Annual report of the Punjab Veterinary College and of the Civil Veterinary Department, Punjab - 1909-1919
Year: 1909
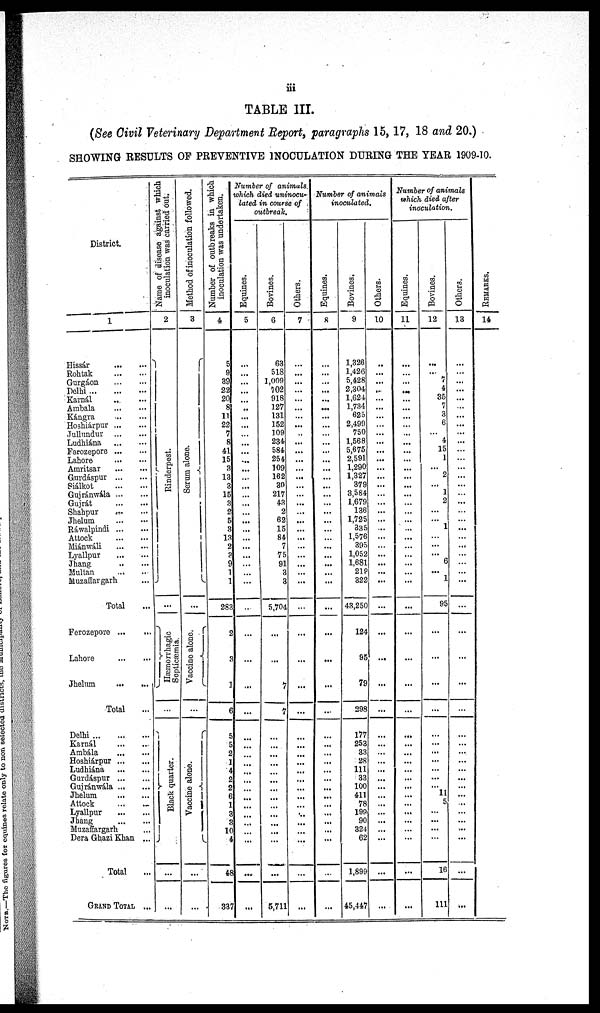
iii
TABLE III.
(See Civil Veterinary Department Report, paragraphs 15, 17, 18 and 20.)
SHOWING RESULTS OF PREVENTIVE INOCULATION DURING THE YEAR 1909-10.
District.
1
Hissár … …
Rohtak … …
Gurgáon … …
Delhi … … …
Karnál … …
Ambala … …
Kángra … …
Hoshiárpur … …
Jullundur … …
Ludhiána … …
Ferozepore … …
Lahore … …
Amritsar … …
Gurdáspur … …
Siálkot … …
Gujránwála … …
Gujrát … …
Shahpur … …
Jhelum … …
Ráwalpindi … …
Attock … …
Miánwáli … …
Lyallpur … …
Jhang … …
Multan … …
Muzaffargarh ...
Total ...
Ferozepore ... ...
Lahore
…
…
Jhelum … …
Total
Delhi
…
…
Karnál … …
Ambála … …
Hoshiárpur … …
Ludhiána … …
Gurdáspur … …
Gujránwála ... …
Jhelum … …
Attock … …
Lyallpur … …
Jhang … …
Muzaffargarh ...
Dera Ghazi Khan. ...
Total …
GRAND TOTAL ...
Name of disease against which
inoculation was carried out.
2
Ri nder pes t
.
...
Hæmorrhagic
Septicæmia.
Bl ack quarter.
...
…
Method of inoculation followed.
3
Se r
um alone.
...
Vaccine alone.
Va c c i
ne alone.
...
…
Number of outbreaks in which,
inoculation was undertaken.
4
5
9
39
22
20
8
11
22
7
8
41
15
3
13
3
15
3
2
5
3
13
2
3
9
1
1
283
2
3
1
6
5
5
2
1
4
2
2
6
1
3
3
10
4
48
337
Number of animals.
which died uninocu¬
lated in course of
outbreak.
Equines.
5
…
...
...
...
…
..
...
...
...
...
…
...
…
…
…
...
...
...
…
…
...
...
...
…
...
…
…
…
...
...
…
…
…
…
…
…
…
…
…
…
…
…
...
…
…
Bovines.
6
63
518
1,009
702
918
127
131
152
109
234
584
254
109
162
30
217
43
2
62
15
84
7
75
91
3
3
5,704
…
…
7
7
…
…
…
…
…
…
…
…
…
…
…
…
...
...
5,711
Others.
7
…
...
...
...
…
...
...
...
..
...
...
...
...
...
...
...
...
...
...
...
...
...
...
…
…
...
…
…
…
...
...
…
…
…
…
…
…
…
…
…
…
…
…
...
...
...
Number of animals
inoculated.
Equines.
8
…
...
...
...
…
…
...
...
...
...
...
...
...
...
...
...
...
...
...
...
...
...
...
...
…
...
...
…
...
...
...
…
…
…
...
…
...
…
…
…
…
…
…
…
...
…
Bovines.
9
1,326
1,426
5,428
2,304
1,624
1,734
625
2,499
750
1,568
5,675
2,591
1,290
1,327
379
3,584
1,679
136
1,725
335
1,576
395
1,052
1,681
219
322
43,250
124
95
79
298
177
253
33
28
111
33
100
411
78
199
90
324
62
1,899
45,447
Others.
10
…
...
...
…
...
...
...
…
...
...
...
...
...
...
...
...
...
...
...
...
...
...
...
...
...
...
…
...
...
...
…
…
…
…
...
…
...
...
…
…
...
...
...
...
…
Number of animals
which died after
inoculation.
Equines.
11
…
…
…
…
...
...
...
...
…
...
...
...
...
...
...
...
...
...
...
...
...
...
...
…
...
...
…
...
...
...
…
...
…
…
…
...
…
...
…
…
...
…
...
…
Bovines.
12
…
…
7
4
35
7
3
6
…
4
15
1
...
2
…
1
2
…
...
1
…
...
...
6
...
1
95
…
...
...
...
…
...
...
...
...
...
...
11
5
...
...
...
…
16
111
Others.
13
…
...
...
...
...
...
...
...
...
…
…
...
...
…
…
...
…
…
...
…
...
...
…
...
...
…
...
...
…
...
...
...
...
...
...
...
...
...
...
...
…
...
…
RE MARKS .
14